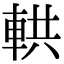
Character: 輁